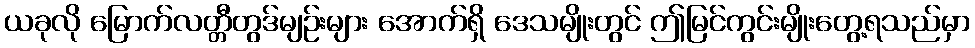
ယခုလို မြောက်လတ္တီတွဒ်မျဉ်းများ အောက်ရှိ ဒေသမျိုးတွင် ဤမြင်ကွင်းမျိုးတွေ့ရသည်မှာ